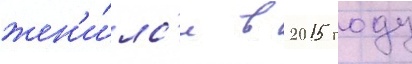
жен'и́лс'я в 2015 году